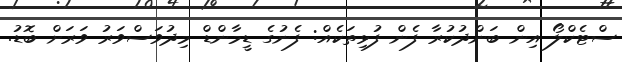
ސްޓެކްލޯ އިން ބަންދުކުރާ ފެން ފުޅިތަކެއް: ފެނުގެ ޑީމާންޑް މިދުވަސްވަރު ވަރަށް ބޮޑު.